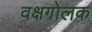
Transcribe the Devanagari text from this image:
वक्षगोलक